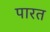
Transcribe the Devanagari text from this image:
पारत